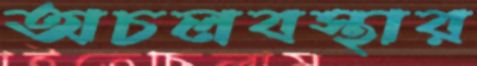
অচলবস্থার